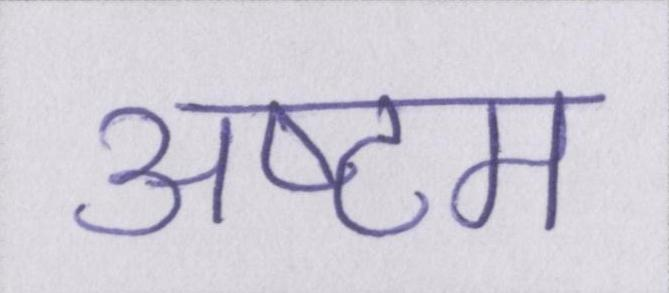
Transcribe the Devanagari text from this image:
अष्टम